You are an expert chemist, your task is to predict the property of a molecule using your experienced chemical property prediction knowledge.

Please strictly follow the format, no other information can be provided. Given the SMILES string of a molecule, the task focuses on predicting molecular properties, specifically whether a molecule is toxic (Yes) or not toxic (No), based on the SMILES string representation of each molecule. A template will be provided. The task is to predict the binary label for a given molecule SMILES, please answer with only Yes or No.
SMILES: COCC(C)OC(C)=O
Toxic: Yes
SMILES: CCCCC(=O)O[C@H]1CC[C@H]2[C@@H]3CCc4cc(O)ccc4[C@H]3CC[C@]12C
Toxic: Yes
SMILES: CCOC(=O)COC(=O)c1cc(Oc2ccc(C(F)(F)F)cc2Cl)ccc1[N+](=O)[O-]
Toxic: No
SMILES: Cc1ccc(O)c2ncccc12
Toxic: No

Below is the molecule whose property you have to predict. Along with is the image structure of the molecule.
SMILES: CCCCCCCCCC(=O)O
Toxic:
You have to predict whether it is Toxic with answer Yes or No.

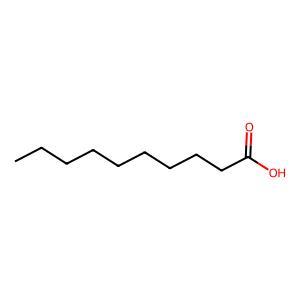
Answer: No